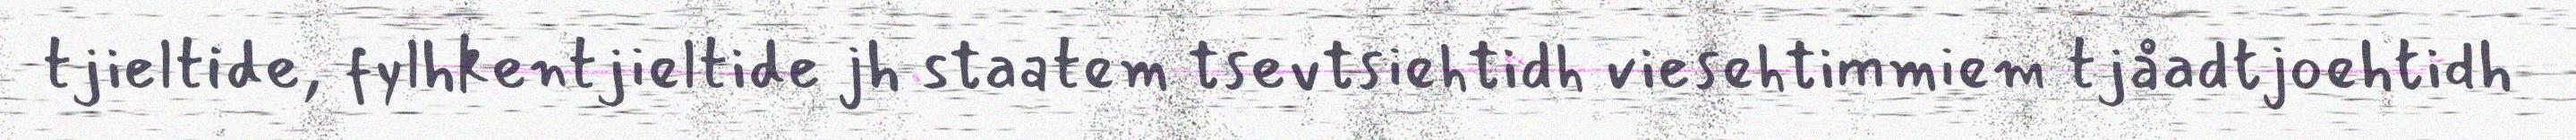
tjieltide, fylhkentjieltide jh staatem tsevtsiehtidh viesehtimmiem tjåadtjoehtidh